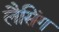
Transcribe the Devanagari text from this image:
लैसिंग